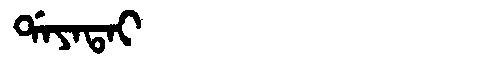
Manchu: ᡩᠠᠶᠠᡨᠠᡳ
Romanization: DAYATAI